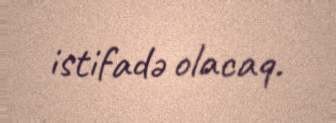
istifadə olacaq.